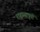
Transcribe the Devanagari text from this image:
राहण्यापूर्वी